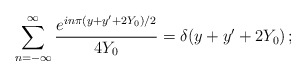
\begin{align*}\sum^{\infty}_{n = - \infty} { e^{in\pi ( y + y' + 2 Y_0)/2}\over 4Y_0} =\delta( y + y' + 2 Y_0 )\,;\end{align*}